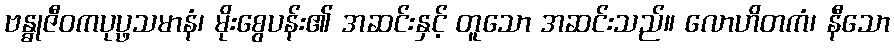
ဗန္ဓုဇီဝကပုပ္ဖသမာနံ၊ မိုးစွေပန်း၏ အဆင်းနှင့် တူသော အဆင်းသည်။ လောဟိတကံ၊ နီသော